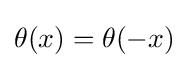
\theta (x)=\theta (-x)